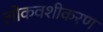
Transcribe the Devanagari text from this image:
लोकवशीकरण